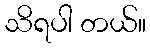
သိရပါ တယ်။